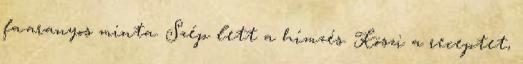
fa.aranyos minta. Szép lett a hímzés. Köszi a receptet,